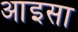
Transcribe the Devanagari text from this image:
आइसा